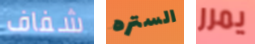
شفاف الستره يمرر